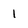
Character: 1